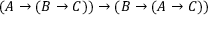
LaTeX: ( A \to ( B \to C ) ) \to ( B \to ( A \to C ) )